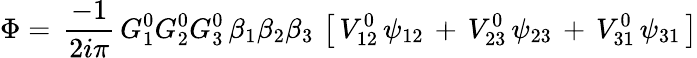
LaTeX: \Phi=\, {\frac{-1}{2i\pi}}\, G_{1}^{0}G_{2}^{0}G_{3}^{0}\, \beta_{1}\beta_{2}\beta_{3}\, \left[\, V_{12}^{0}\, \psi_{12}\, +\, V_{23}^{0}\, \psi_{23}\, +\, V_{31}^{0}\, \psi_{31}\, \right]